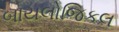
બાયલોજિકલ